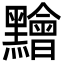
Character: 䵳